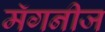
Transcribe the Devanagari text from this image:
मॅगनीज